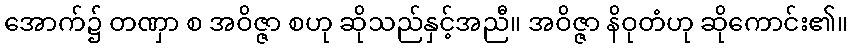
အောက်၌ တဏှာ စ အဝိဇ္ဇာ စဟု ဆိုသည်နှင့်အညီ။ အဝိဇ္ဇာ နိဝုတံဟု ဆိုကောင်း၏။